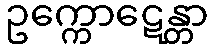
ဥက္ကောဋေန္တာ